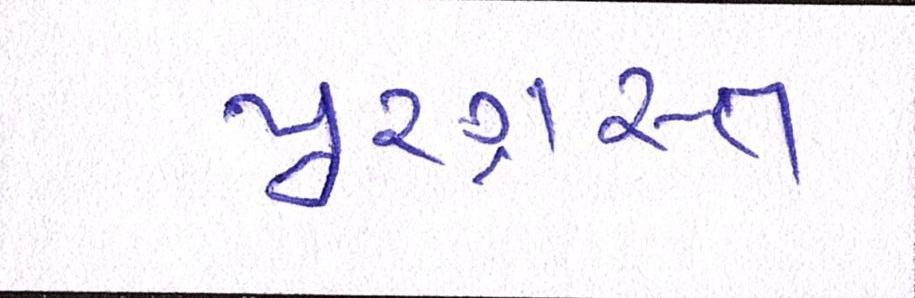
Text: પૂરગ્રસ્ત